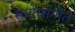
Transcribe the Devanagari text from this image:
सागरसंगीत